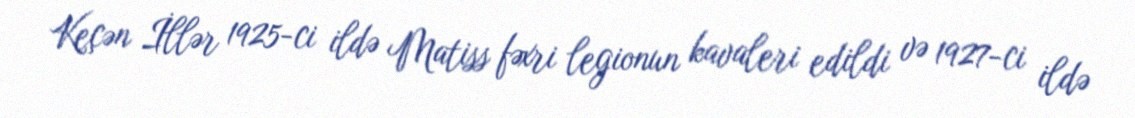
Keçən İllər 1925-ci ildə Matiss fəxri legionun kavaleri edildi və 1927-ci ildə